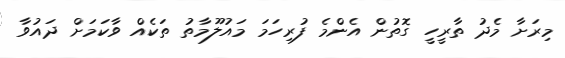
މިރަށާ މެދު ތާރީހީ ގޮތުން އެންމެ ފުރިހަމަ މައުލޫމާތު ތަކެއް ވާކަމަށް ދައުވާ